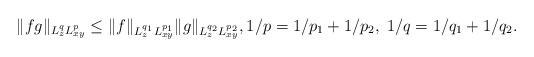
LaTeX: \begin{align*} \|fg\|_{L^q_{z}L^p_{xy}} \le \|f\|_{L^{q_1}_{z}L^{p_1}_{xy}} \|g\|_{L^{q_2}_{z}L^{p_2}_{xy}}, 1/p=1/p_1+1/p_2,\; 1/q=1/q_1+1/q_2.\end{align*}